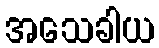
အသေခါယ